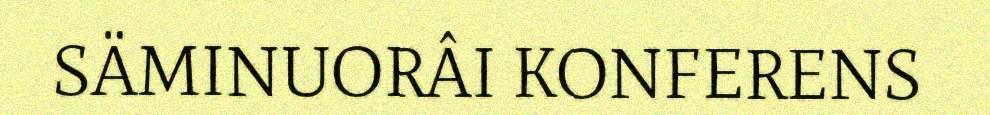
SÄMINUORÂI KONFERENS